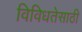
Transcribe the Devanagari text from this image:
विविधतेसाठी